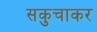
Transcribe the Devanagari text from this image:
सकुचाकर